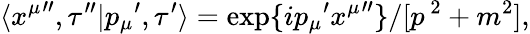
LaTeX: \langle{x^{\mu}}^{\prime\prime},\tau^{\prime\prime}|{p_{\mu}}^{\prime},\tau^{\prime}\rangle=\exp\{ {ip_{\mu}}^{\prime}{x^{\mu}}^{\prime\prime}\} /[p^{\ 2}+m^{2}],